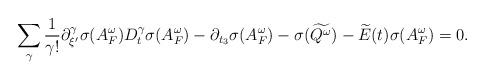
LaTeX: \begin{align*}\sum_{\gamma} \frac{1}{\gamma!} \partial_{\xi'}^\gamma \sigma(A^\omega_F) D_t^\gamma\sigma(A^\omega_F)-\partial_{t_3} \sigma(A^\omega_F) - \sigma(\widetilde{Q^\omega}) - \widetilde{E}(t) \sigma(A^\omega_F) = 0.\end{align*}